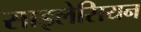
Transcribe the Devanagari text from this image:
साइलेसियन